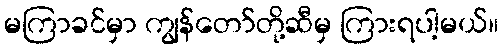
မကြာခင်မှာ ကျွန်တော်တို့ဆီမှ ကြားရပါ့မယ်။